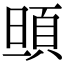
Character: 𩑰